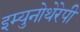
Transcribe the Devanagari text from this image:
इम्युनोथेरेपी